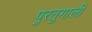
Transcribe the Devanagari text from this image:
पुरतुगाली